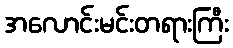
အလောင်းမင်းတရားကြီး